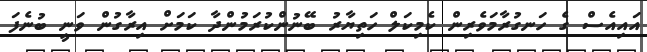
އައިއެސް ގެ ހަނގުރާމަވެރިން ކެމިކަލް ހަތިޔާރު ބޭނުންކުރަމުންދާ ކަމަށް އިރާގުން ވަނީ ބުނެފަ